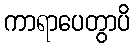
ကာရာပေတွာပိ